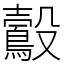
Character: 鷇